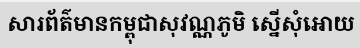
សារព័ត៌មានកម្ពុជាសុវណ្ណភូមិ ស្នើសុំអោយ